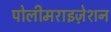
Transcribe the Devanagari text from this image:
पोलीमराइज़ेशन